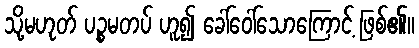
သို့မဟုတ် ပဉ္စမတပ် ဟူ၍ ခေါ်ဝေါ်သောကြောင့် ဖြစ်၏။